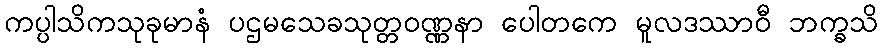
ကပ္ပါသိကသုခုမာနံ ပဌမသေခသုတ္တဝဏ္ဏနာ ပေါတကေ မူလဒဿာဝီ ဘက္ခသိ